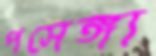
পসেঙ্গা